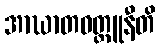
အာဃာတဝတ္ထူနီတိ